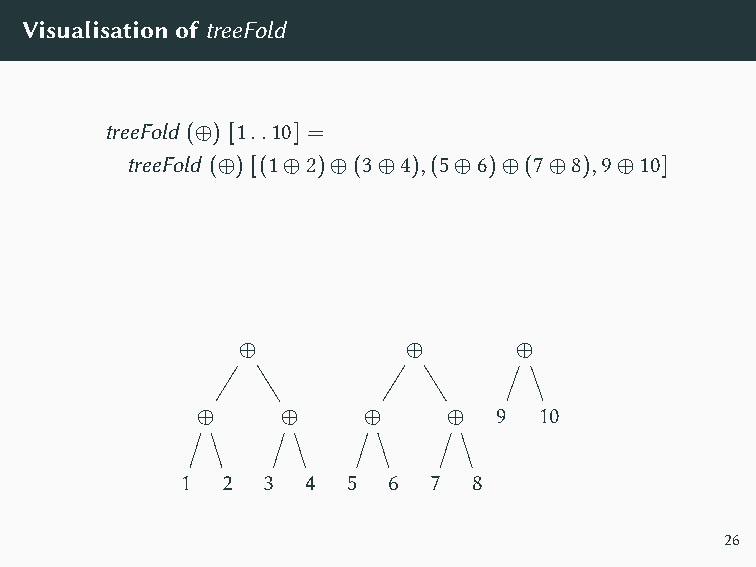
VisualisationoftreeFold
 treeFold (⊕) [1..10] =
 treeFold (⊕) [(1⊕2)⊕(3⊕4),(5⊕6)⊕(7⊕8),9⊕10]
 ⊕          ⊕      ⊕
 ⊕     ⊕    ⊕     ⊕  9  10
 1  2 3  4  5  6 7  8
 26